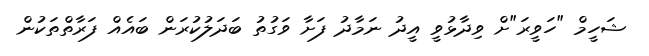
ޝަހީމް "ހަވީރަ"ށް ވިދާޅުވީ އީދު ނަމާދު ފަށާ ވަގުތު ބަދަލުކުރަން ބައެއް ފަރާތްތަކުން